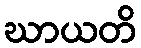
ဃာယတိ